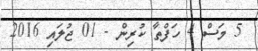
5 މަސް 4 ހަފްތާ ކުރިން - 01 ޖުލައި 2016